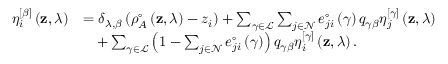
\begin{array} { r l } { \eta _ { i } ^ { \left[ \beta \right] } \left( \mathbf { z } , \lambda \right) } & { = \delta _ { \lambda , \beta } \left( \rho _ { A } ^ { \circ } \left( \mathbf { z } , \lambda \right) - z _ { i } \right) + \sum _ { \gamma \in \mathcal { L } } \sum _ { j \in \mathcal { N } } e _ { j i } ^ { \circ } \left( \gamma \right) q _ { \gamma \beta } \eta _ { j } ^ { \left[ \gamma \right] } \left( \mathbf { z } , \lambda \right) } \\ & { \quad + \sum _ { \gamma \in \mathcal { L } } \left( 1 - \sum _ { j \in \mathcal { N } } e _ { j i } ^ { \circ } \left( \gamma \right) \right) q _ { \gamma \beta } \eta _ { i } ^ { \left[ \gamma \right] } \left( \mathbf { z } , \lambda \right) . } \end{array}